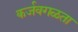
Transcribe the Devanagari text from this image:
कर्जवगळता